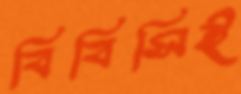
বিবিসিই